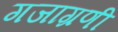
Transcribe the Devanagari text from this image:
गजाग्रणी